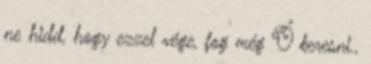
ne hidd, hogy ezzel vége, fog még Ő keresni.,